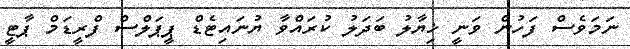
ނަމަވެސް ފަހުން ވަނީ ޚިޔާލު ބަދަލު ކުރައްވާ ޔުނައިޓެޑް ޕީޕަލްސް ފްރީޑަމް ޕާޓީ